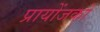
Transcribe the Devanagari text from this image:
प्रायोंजकों